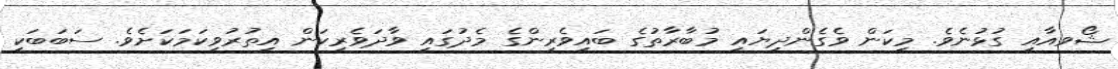
ޝޯވއާއި ގުޅުނެވެ. މިކަން ވެގެންދިޔައީ މުބާރާތުގެ ބައިވެރިންގެ މެދުގައި ވާދަވެރިކަން އިތުރުވިކަމަކަށެވެ. ސަބަބަކީ